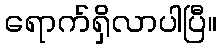
ရောက်ရှိလာပါပြီ။